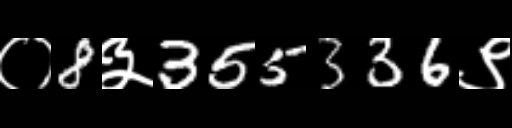
Text: ०8३355336९